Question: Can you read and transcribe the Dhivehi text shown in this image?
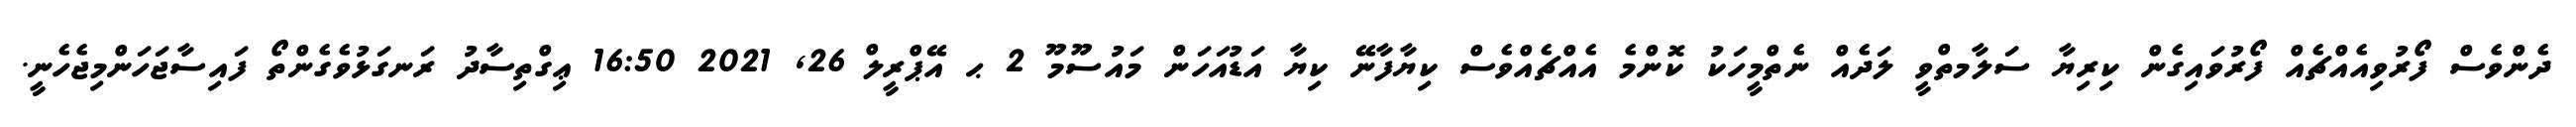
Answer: ދެންވެސް ފޯރުވިއެއްޗެއް ފޯރުވައިގެން ކިރިޔާ ސަލާމތްވީ ލަދެއް ނެތްމީހަކު ކޮންމެ އެއްޗެއްވެސް ކިޔާފާނޭ ކިޔާ އަޑުއަހަން މައުސޫމޫ 2 ޙ އޭޕްރީލް 26, 2021 16:50 ޢިގްތިސާދު ރަނގަޅުވެގެންތޯ ފައިސާޖަހަންމިޖެހެނީ.